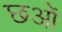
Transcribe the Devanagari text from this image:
छओं